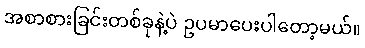
အစာစားခြင်းတစ်ခုနဲ့ပဲ ဥပမာပေးပါတော့မယ်။